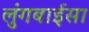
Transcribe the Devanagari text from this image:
लुंगबाईसा